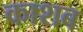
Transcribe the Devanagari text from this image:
काशब